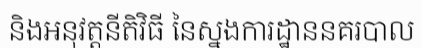
និងអនុវត្តនីតិវិធី នៃស្នងការដ្ឋាននគរបាល